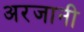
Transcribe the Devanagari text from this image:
अरजानी